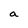
Character: a